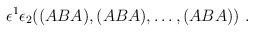
\begin{align*}\epsilon^1 \epsilon_2( (ABA),(ABA), \dots, (ABA)) \ .\end{align*}